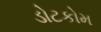
ડોટકોમ